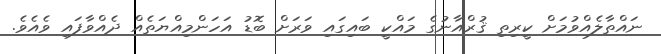
ނައްތާލެއްވުމަށް ކީރިތި ޤުރްއާނުގެ މައްކީ ބައިގައި ވަރަށް ބޮޑު އަހަންމިއްޔަތެއް ދެއްވާފައި ވެއެވެ.